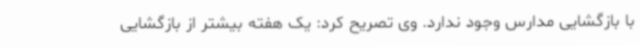
با بازگشایی مدارس وجود ندارد. وی تصریح کرد: یک هفته بیشتر از بازگشایی